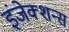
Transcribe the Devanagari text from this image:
इंजेक्शन्स